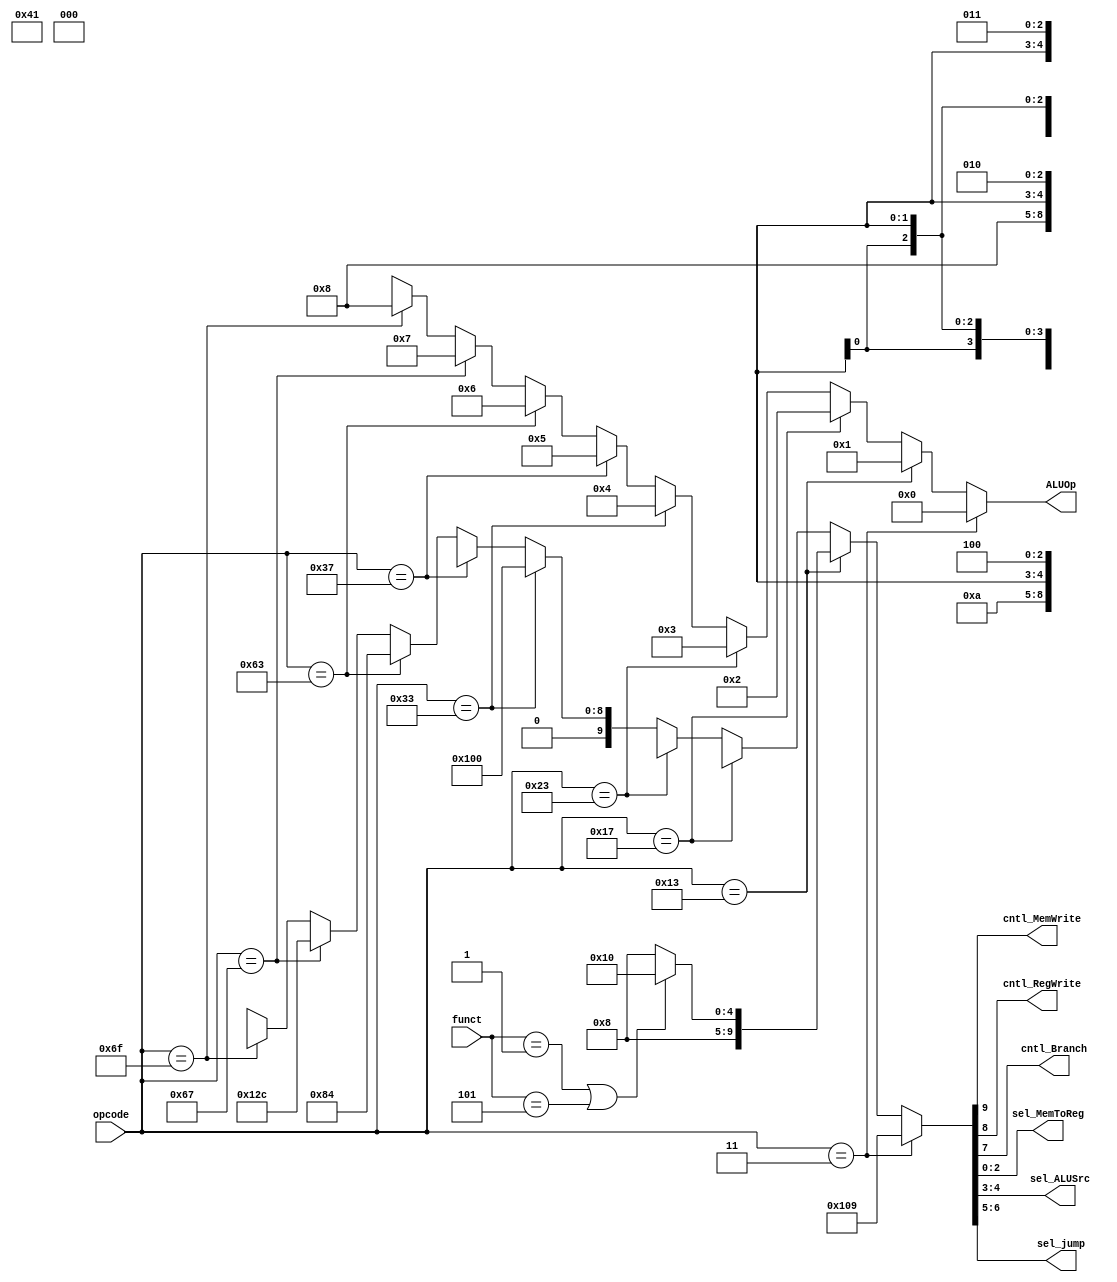
`timescale 1ns / 1ps
//////////////////////////////////////////////////////////////////////////////////
// Company: 
// Engineer: 
// 
// Design Name: 
// Module Name: ControlUnit
// Project Name: 
// Target Devices: 
// Tool Versions: 
// Description: 
// 
// Dependencies: 
// 
// Revision:
// Revision 0.01 - File Created
// Additional Comments:
// 
//////////////////////////////////////////////////////////////////////////////////


module ControlUnit(
    input [2:0] funct,
    input [6:0] opcode,
    output cntl_MemWrite,
    output cntl_RegWrite,
    output cntl_Branch,
    output [2:0]sel_MemToReg,      //000: ALUResult, 001: DMemReadData_width, 010: immediate, 011: branchAddr, 100: PC + 4
    output [1:0] sel_ALUSrc,  //00: ReadData2, 01: immediate, 10: shamt
    output [1:0] sel_jump,
    output [3:0] ALUOp
    );
    
    assign {cntl_MemWrite, cntl_RegWrite, cntl_Branch, sel_jump, sel_ALUSrc, sel_MemToReg} =  (opcode == 7'b000_0011) ? {1'b0, 1'b1, 1'b0, 2'b00, 2'b01, 3'b001} : 
                                                                                    (opcode == 7'b001_0011) ? (funct == 3'b001 || funct == 3'b101) ? {1'b0, 1'b1, 1'b0, 2'b00, 2'b10, 3'b000} : {1'b0, 1'b1, 1'b0, 2'b00, 2'b01, 3'b000} : 
                                                                                    (opcode == 7'b001_0111) ? {1'b0, 1'b1, 1'b0, 2'b00, 2'bxx, 3'b011} : 
                                                                                    (opcode == 7'b010_0011) ? {1'b1, 1'b0, 1'b0, 2'b00, 2'b01, 3'bxxx} : 
                                                                                    (opcode == 7'b011_0011) ? {1'b0, 1'b1, 1'b0, 2'b00, 2'b00, 3'b000} :
                                                                                    (opcode == 7'b011_0111) ? {1'b0, 1'b1, 1'b0, 2'b00, 2'bxx, 3'b010} :
                                                                                    (opcode == 7'b110_0011) ? {1'b0, 1'b0, 1'b1, 2'b00, 2'b00, 3'b100} :
                                                                                    (opcode == 7'b110_0111) ? {1'b0, 1'b1, 1'b0, 2'b01, 2'b01, 3'b100} :
                                                                                    (opcode == 7'b110_1111) ? {1'b0, 1'b1, 1'b0, 2'b10, 2'bxx, 3'b100} : 6'bxx_xxxx;
    
    assign ALUOp =  (opcode == 7'b000_0011) ? 4'b0000 : 
                    (opcode == 7'b001_0011) ? 4'b0001 : 
                    (opcode == 7'b001_0111) ? 4'b0010 : 
                    (opcode == 7'b010_0011) ? 4'b0011 : 
                    (opcode == 7'b011_0011) ? 4'b0100 :
                    (opcode == 7'b011_0111) ? 4'b0101 :
                    (opcode == 7'b110_0011) ? 4'b0110 :
                    (opcode == 7'b110_0111) ? 4'b0111 :
                    (opcode == 7'b110_1111) ? 4'b1000 : 4'bxxxx;
    
endmodule